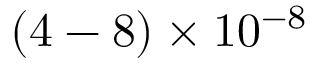
( 4 - 8 ) \times 1 0 ^ { - 8 }